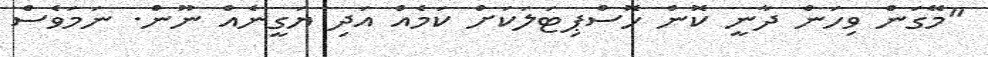
"މޭގަން ވިހަން ދާނީ ކޮން ހޮސްޕިޓަލަކަށް ކަމެއް އަދި ޔަގީނެއް ނޫން. ނަމަވެސް